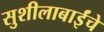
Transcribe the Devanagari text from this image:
सुशीलाबाईंचे